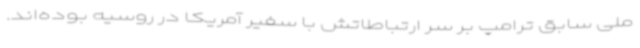
ملی سابق ترامپ بر سر ارتباطاتش با سفیر آمریکا در روسیه بوده‌اند.